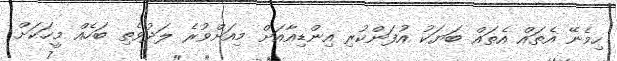
ހިމެނޭ އެތައް އެތައް ބަޔަކު އުފަންކުރި އިންޑިއާއަށް މިއަށްވުރެ ލަދުވެތި ބަހެއް މީހަކަށް